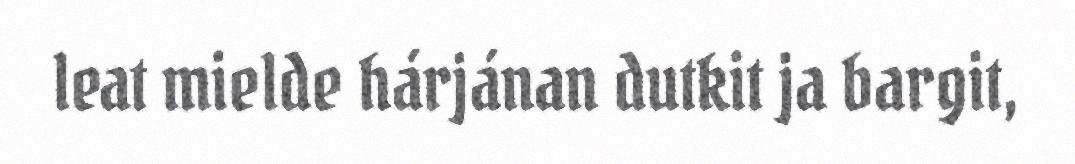
leat mielde hárjánan dutkit ja bargit,